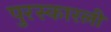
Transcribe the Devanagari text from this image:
पुरस्कारली